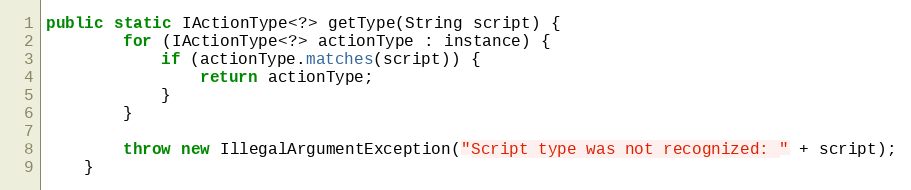
Language: Java
public static IActionType<?> getType(String script) {
        for (IActionType<?> actionType : instance) {
            if (actionType.matches(script)) {
                return actionType;
            }
        }

        throw new IllegalArgumentException("Script type was not recognized: " + script);
    }